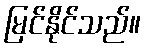
မြင်နိုင်သည်။